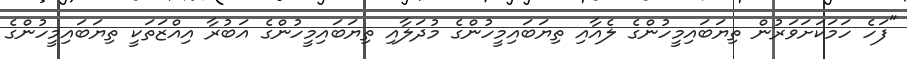
"ފަހެ ހަމަކަށަވަރުން ތިޔަބައިމީހުންގެ ލެއާއި ތިޔަބައިމީހުންގެ މުދަލާއި ތިޔަބައިމީހުންގެ އަބުރާ އިއްޒަތަކީ ތިޔަބައިމީހުންގެ